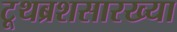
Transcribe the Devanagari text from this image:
टूथब्रशसारख्या